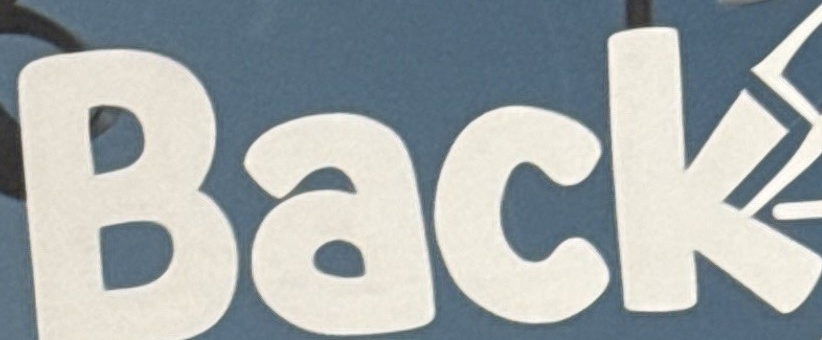
Back